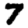
Digit: 7